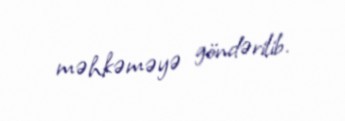
məhkəməyə göndərilib.